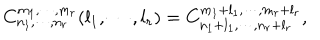
C _ { n _ { 1 } , \cdots , n _ { r } } ^ { m _ { 1 } , \cdots , m _ { r } } ( l _ { 1 } , \cdots , l _ { r } ) = C _ { n _ { 1 } + l _ { 1 } , \cdots , n _ { r } + l _ { r } } ^ { m _ { 1 } + l _ { 1 } , \cdots , m _ { r } + l _ { r } } ,